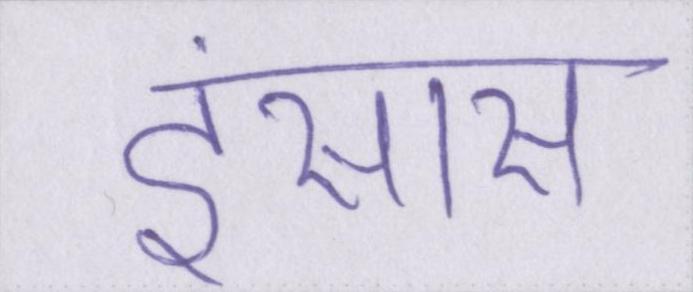
इंसास